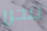
تتحرر